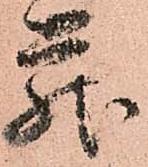
蔵